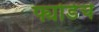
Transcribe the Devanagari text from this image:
फ्योर्डचे